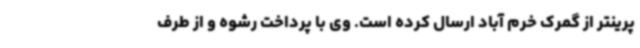
پرینتر از گمرک خرم‌ آباد ارسال کرده است. وی با پرداخت رشوه و از طرف